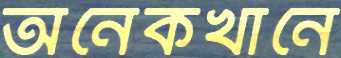
অনেকখানে